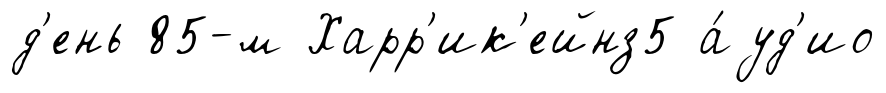
д'ень 85-м Харр'ик'ейнз5 а́уд'ио